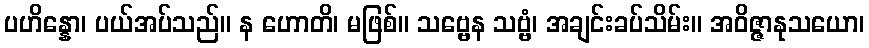
ပဟိန္နော၊ ပယ်အပ်သည်။ န ဟောတိ၊ မဖြစ်။ သဗ္ဗေန သဗ္ဗံ၊ အချင်းခပ်သိမ်း။ အဝိဇ္ဇာနုသယော၊